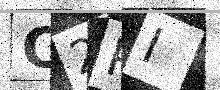
Text: C2PI